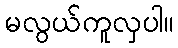
မလွယ်ကူလှပါ။